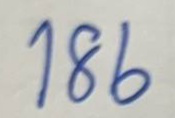
186